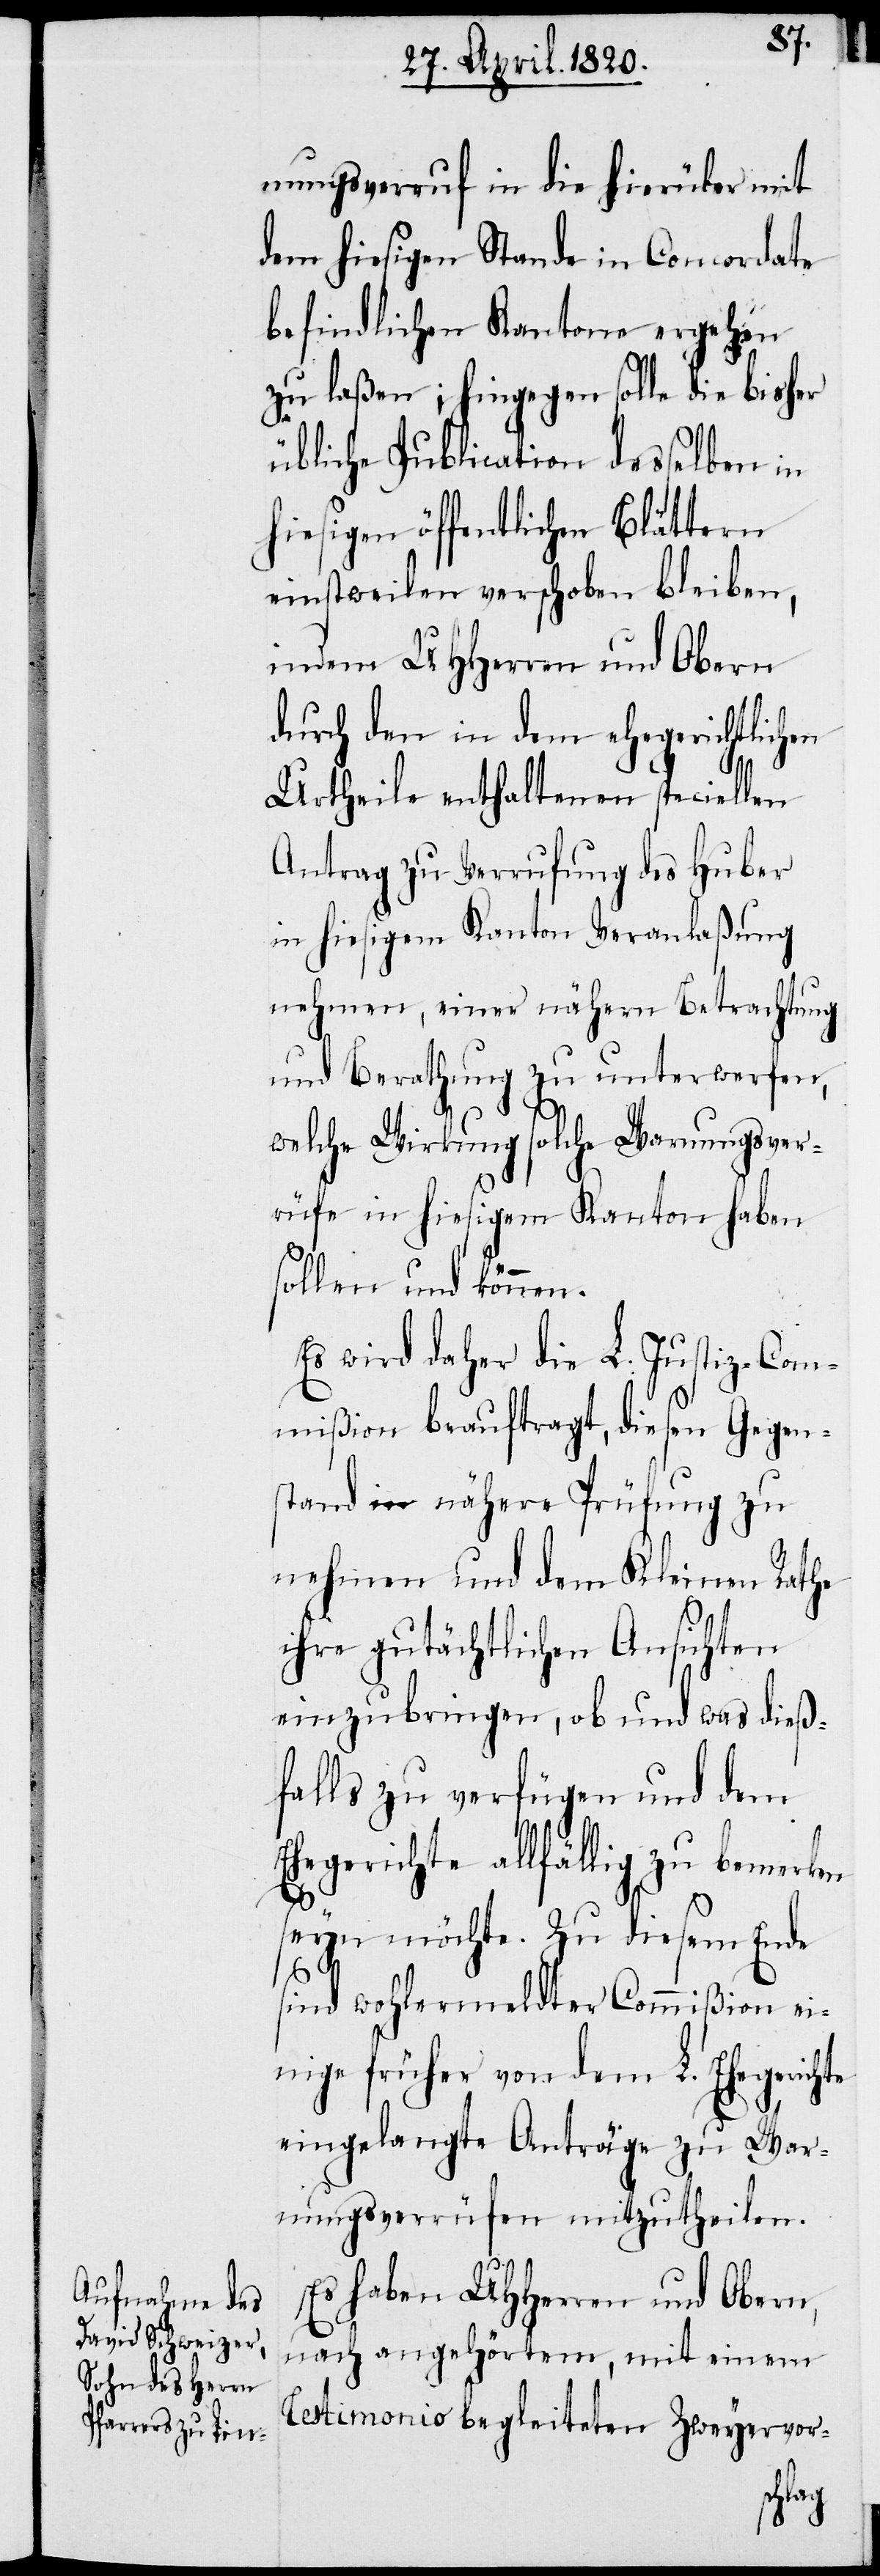
nungsveruf in die hierüber mit
dem hiesigen Stande in Concordate
befindlichen Kantone ergehen
zu laßen; hingegen solle die bisher
übliche Publication desselben in
hiesigen öffentlichen Blättern
einstweilen verschoben bleiben,
indem UHHerren und Obern
durch den in dem ehegerichtlichen
Urtheile enthaltenen speciellen
Antrag zu Verufung des Huber
in hiesigem Kanton Veranlaßung
nehmen, einer nähern Betrachtung
und Berathung zu unterwerfen,
welche Wirkung solche Warnungsver¬
üfe in hiesigem Kanton haben
sollen und können.
Es wird daher die L. Justiz-Com¬
mißion beauftragt, diesen Gegen¬
stand in nähere Prüfung zu
nehmen und dem Kleinen Rathe
ihre gutächtlichen Ansichten
einzubringen, ob und was dieß¬
falls zu verfügen und dem
Ehegerichte allfällig zu bemerken
seyn möchte. Zu diesem Ende
sind wohlermeldter Commißion ei¬
nige früher von dem L. Ehegerich¬
eingelangte Anträge zu War¬
nungsverüfen mitzutheilen.
te
Es haben UHHerren und Obern,
nach angehörtem, mit einem
Testimonio begleiteten Zweyervor-